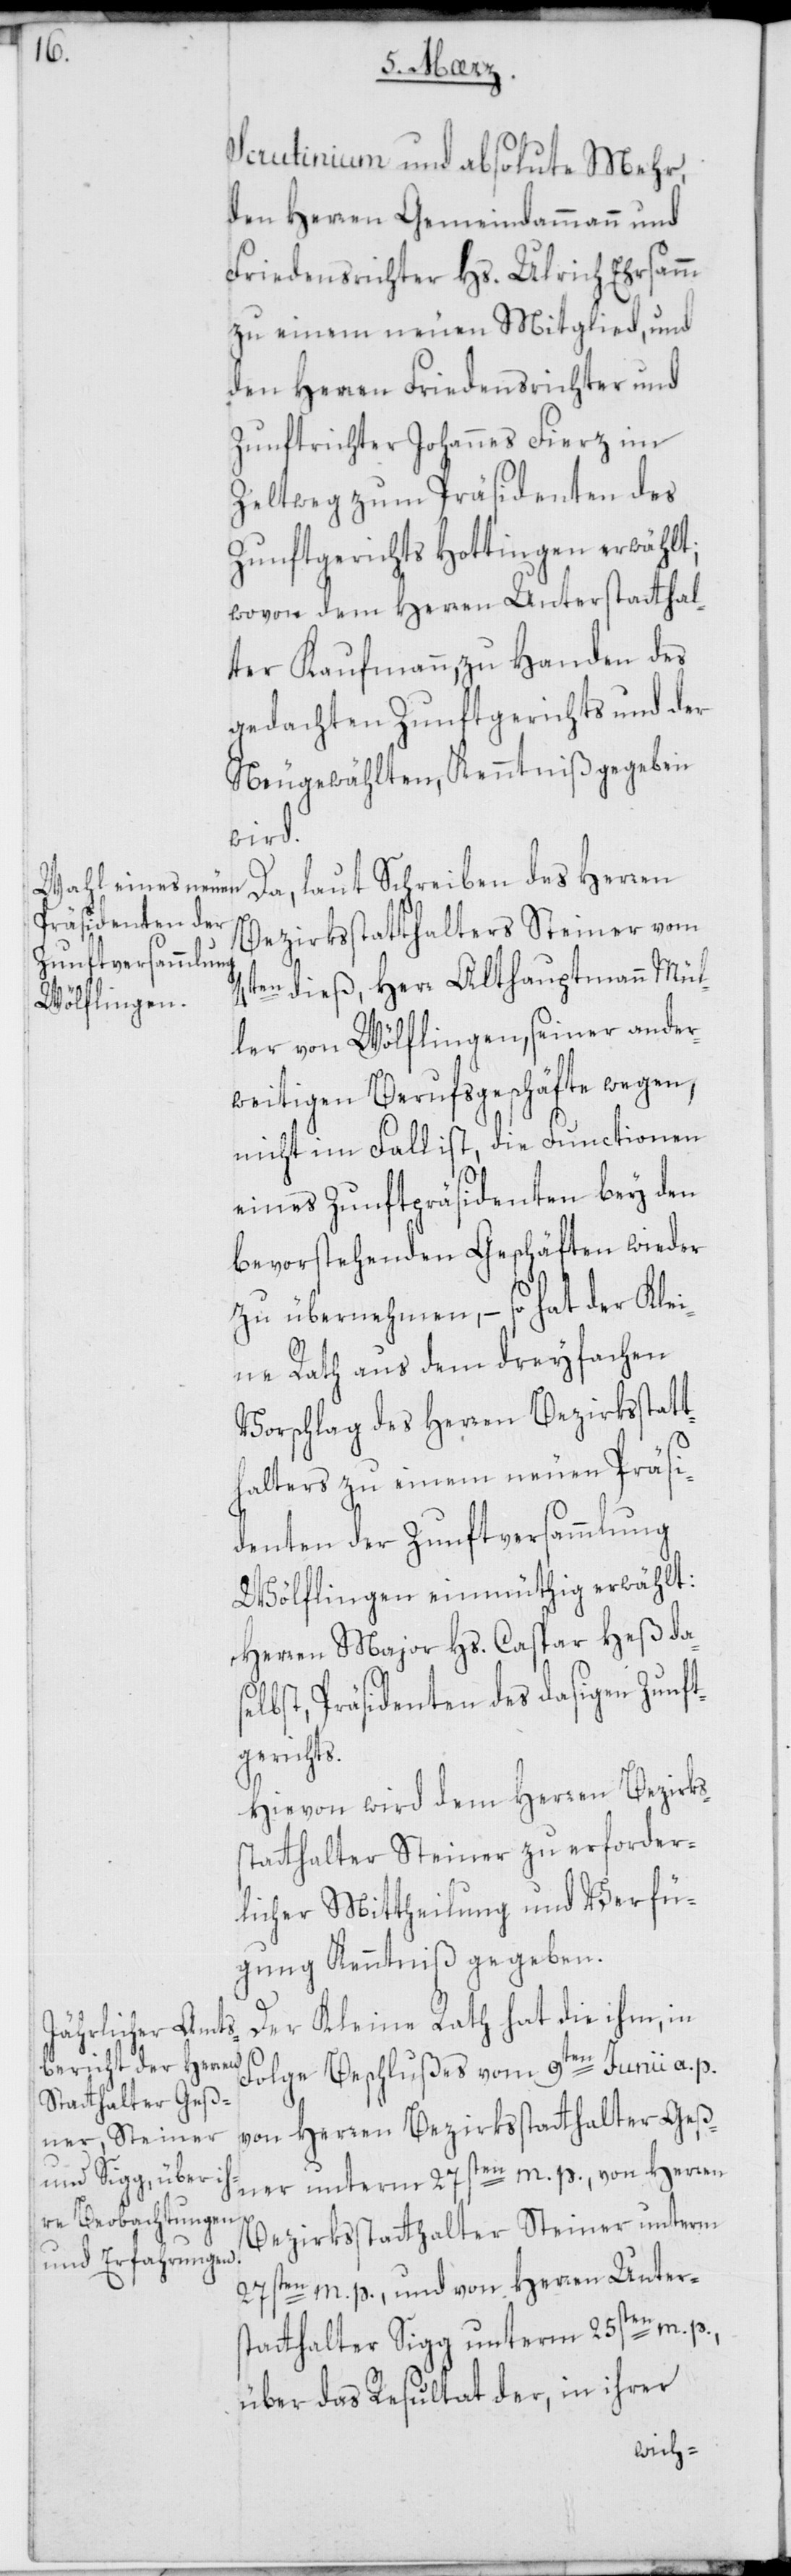
Scrutinium und absolute Mehr,
den Herren Gemeindammann und
Friedensrichter Hs. Ulrich Ehrsamm
zu einem neuen Mitglied, und
den Herren Friedensrichter und
Zunftrichter Johannes Fierz im
Zeltweg zum Präsidenten des
Zunftgerichts Hottingen erwählt;
wovon dem Herren Unterstatthal¬
ter Kaufmann, zu Handen des
gedachten Zunftgerichts und der
Neugewählten, Kenntniß gegeben
wird.
Da, laut Schreiben des Herren
Bezirksstatthalters Steiner vom
4ten dieß, Herr Althauptmann Mül¬
ler von Wölflingen, seiner ander¬
weitigen Berufsgeschäfte wegen,
nicht im Fall ist, die Functionen
eines Zunftpräsidenten bey den
bevorstehenden Geschäften wieder
zu übernehmen, – so hat der Klei¬
ne Rath aus dem dreyfachen
Vorschlag des Herren Bezirksstatt¬
halters zu einem neuen Präsi¬
denten der Zunftversammlung
Wölflingen einmüthig erwählt:
Herren Major Hs. Caspar Heß da¬
selbst, Präsidenten des dasigen Zunft¬
gerichts.
Hievon wird dem Herren Bezirks¬
statthalter Steiner zu erforder¬
licher Mittheilung und Verfü¬
gung Kenntniß gegeben.
Der Kleine Rath hat die ihm, in
Folge Beschlußes vom 9ten Junii a. p.
von Herren Bezirksstatthalter Geß¬
ner unterm 27sten m. p., von Herren
Bezirksstatthalter Steiner unterm
27sten m. p., und von Herren Unter¬
statthalter Sigg unterm 25sten m. p.,
über das Resultat der, in ihrer